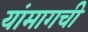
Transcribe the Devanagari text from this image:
यांमागची